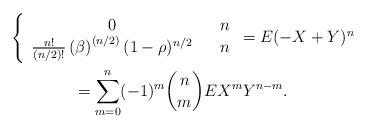
LaTeX: \begin{gather*}\left\{ \begin{array}{ccc}0 & & n \\ \frac{n!}{(n/2)!}\left( \beta \right) ^{\left( n/2\right) }(1-\rho )^{n/2} & & n\end{array}\right. =E(-X+Y)^{n}\allowbreak \\=\sum_{m=0}^{n}(-1)^{m}\binom{n}{m}EX^{m}Y^{n-m}.\allowbreak\end{gather*}